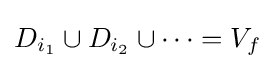
D_{i_{1}}\cup D_{i_{2}}\cup \cdots =V_{f}